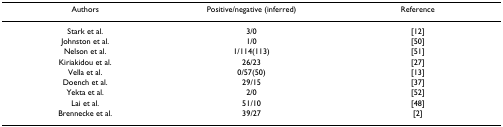
| Authors | Positive/negative (inferred) | Reference |
 | --- | --- | --- |
 | Stark et al. | 3/0 | [12] |
 | Johnston et al. | 1/0 | [50] |
 | Nelson et al. | 1/114(113) | [51] |
 | Kiriakidou et al. | 26/23 | [27] |
 | Vella et al. | 0/57(50) | [13] |
 | Doench et al. | 29/15 | [37] |
 | Yekta et al. | 2/0 | [52] |
 | Lai et al. | 51/10 | [48] |
 | Brennecke et al. | 39/27 | [2] |